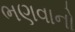
ભણવાનો